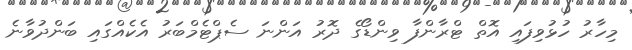
މިހާރު ހުޅުވިފައި އޮތް ޓްރާންފާ ވިންޑޯގެ ދޮރު އަންނަ ސެޕްޓެމްބަރު އެކެއްގައި ބަންދުވާނެ